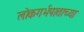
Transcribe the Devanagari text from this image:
लोकगर्भपाताच्या